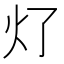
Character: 𰝶